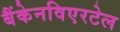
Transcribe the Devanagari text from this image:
बैंकेनविएरटेल